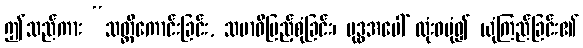
ဤသည်ကား “သတ္တိကောင်းခြင်း, သမာဓိပြည့်စုံခြင်း၊ ဗုဒ္ဓအပေါ် လုံးဝပုံ၍ ယုံကြည်ခြင်း၏